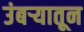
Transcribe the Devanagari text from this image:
उंबऱ्यातून